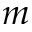
m